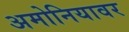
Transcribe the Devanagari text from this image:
अमोनियावर